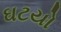
ઘટયો